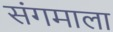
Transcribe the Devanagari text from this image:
संगमाला